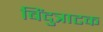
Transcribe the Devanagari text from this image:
बिंदुत्राटक